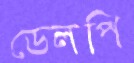
ডেলপি